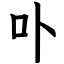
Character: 卟